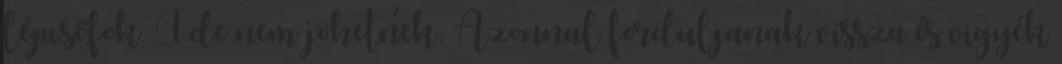
lépcsőfok. Ide nem jöhetnek. Azonnal forduljanak vissza és vigyék